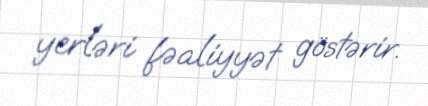
yerləri fəaliyyət göstərir.